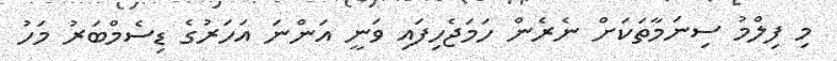
މި ފިލްމު ސިނަމާތަކަށް ނެރެން ހަމަޖެހިފައި ވަނީ އަންނަ އަހަރުގެ ޑިސެމްބަރު މަހު